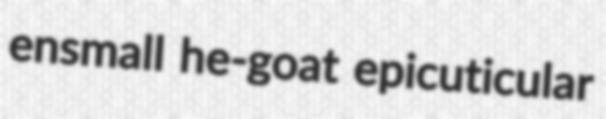
ensmall he-goat epicuticular